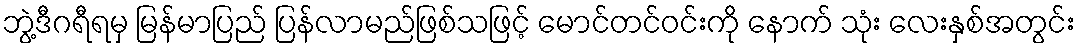
ဘွဲ့ဒီဂရီရမှ မြန်မာပြည် ပြန်လာမည်ဖြစ်သဖြင့် မောင်တင်ဝင်းကို နောက် သုံး လေးနှစ်အတွင်း